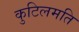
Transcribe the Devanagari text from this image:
कुटिलमति